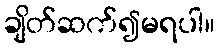
ချိတ်ဆက်၍မရပါ။